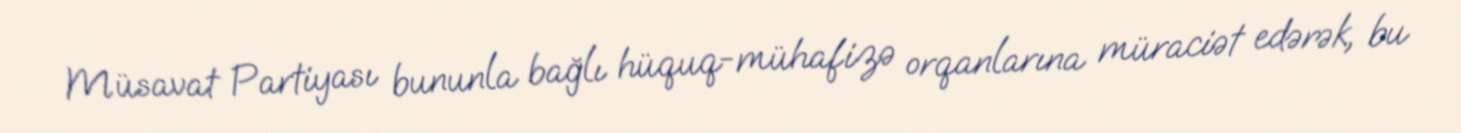
Müsavat Partiyası bununla bağlı hüquq-mühafizə orqanlarına müraciət edərək, bu